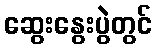
ဆွေးနွေးပွဲတွင်